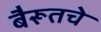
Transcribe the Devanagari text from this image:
बैरूतचे